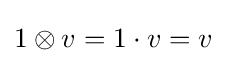
1\otimes v=1\cdot v=v